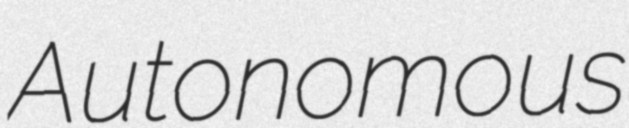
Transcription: Autonomous